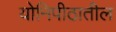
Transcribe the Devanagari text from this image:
योनिपीठातील